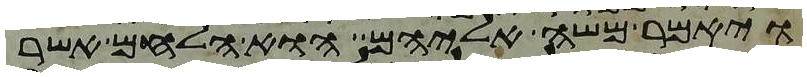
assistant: ויאמר משה אליהם הוא הלחם אשר